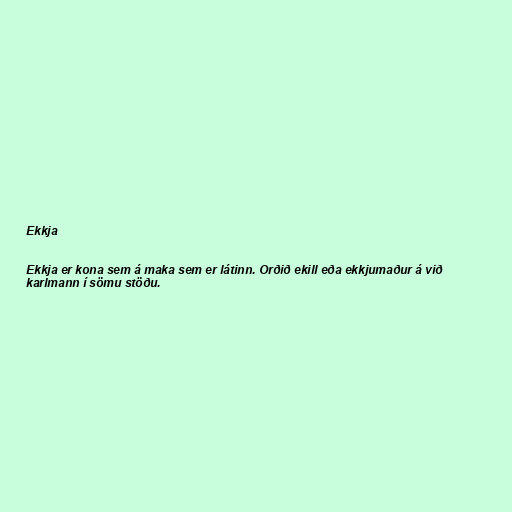
Ekkja

Ekkja er kona sem á maka sem er látinn. Orðið ekill eða ekkjumaður á við
karlmann í sömu stöðu.